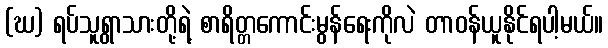
(ဃ) ရပ်သူရွာသားတို့ရဲ့ စာရိတ္တကောင်းမွန်ရေးကိုလဲ တာဝန်ယူနိုင်ရပါ့မယ်။